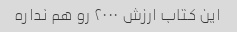
این کتاب ارزش ۲۰۰۰ رو هم نداره